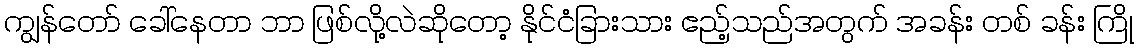
ကျွန်တော် ခေါ်နေတာ ဘာ ဖြစ်လို့လဲဆိုတော့ နိုင်ငံခြားသား ဧည့်သည်အတွက် အခန်း တစ် ခန်း ကြို